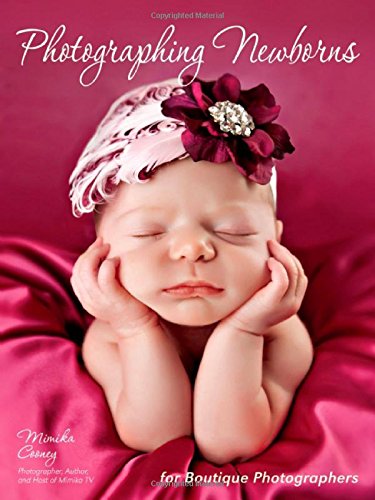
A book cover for Photographing Newborns: For Boutique Photographers; Arts & Photography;